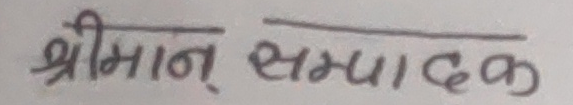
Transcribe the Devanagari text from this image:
श्रीमान् सम्पादक